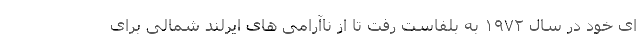
ای خود در سال ۱۹۷۲ به بلفاست رفت تا از ناآرامی های ایرلند شمالی برای